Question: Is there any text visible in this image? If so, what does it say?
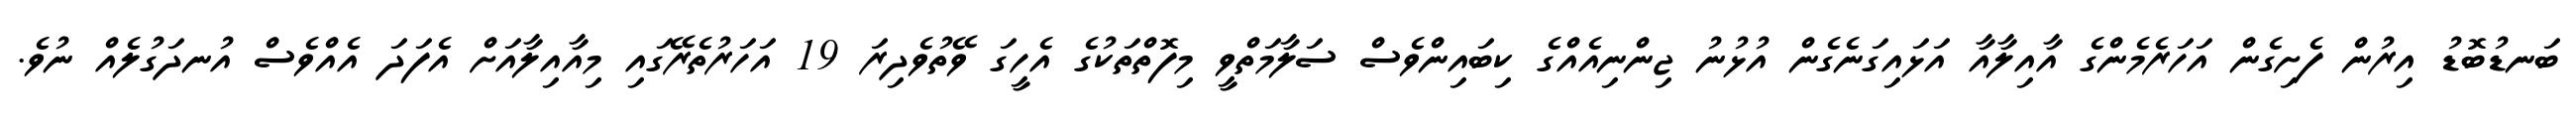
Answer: ބަނޑުބޮޑު އިރުން ފެށިގެން އަހަރެމެންގެ އާއިލާއާ އަޅައިގަނެގެން އުޅުނު ޖިންނިއެއްގެ ކިބައިންވެސް ސަލާމަތްވީ މިފޮތްތަކުގެ އެހީގަ ވޭތުވެދިރަ 19 އަހަރުތެރޭގައި މިއާއިލާއަށް އެފަދަ އެއްވެސް އުނދަގުލެއް ނުވެ.